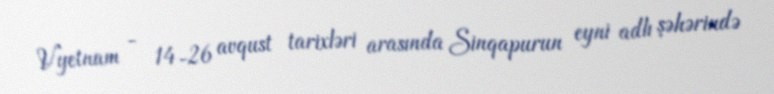
Vyetnam - 14-26 avqust tarixləri arasında Sinqapurun eyni adlı şəhərində